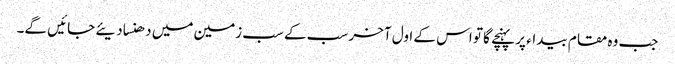
جب وہ مقام بیداء پر پہنچے گا تو اس کے اول آخر سب کے سب زمین میں دھنسا دیئے جائیں گے۔